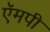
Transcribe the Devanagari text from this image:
ऍमपी